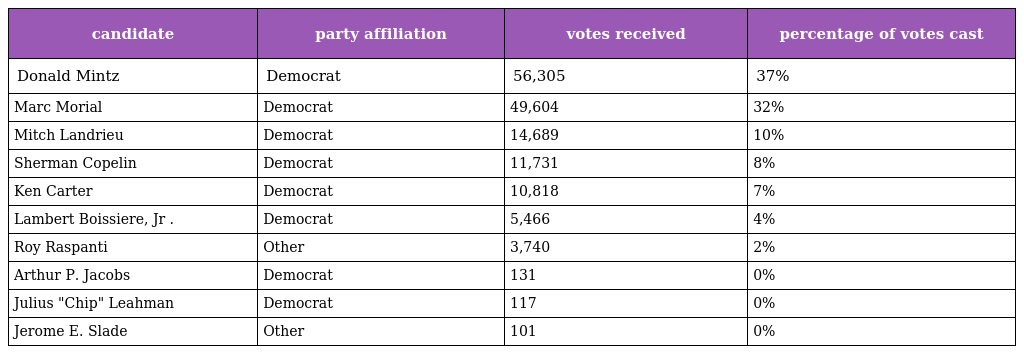
| candidate | party affiliation | votes received | percentage of votes cast |
 | --- | --- | --- | --- |
 | Donald Mintz | Democrat | 56,305 | 37% |
 | Marc Morial | Democrat | 49,604 | 32% |
 | Mitch Landrieu | Democrat | 14,689 | 10% |
 | Sherman Copelin | Democrat | 11,731 | 8% |
 | Ken Carter | Democrat | 10,818 | 7% |
 | Lambert Boissiere, Jr . | Democrat | 5,466 | 4% |
 | Roy Raspanti | Other | 3,740 | 2% |
 | Arthur P. Jacobs | Democrat | 131 | 0% |
 | Julius "Chip" Leahman | Democrat | 117 | 0% |
 | Jerome E. Slade | Other | 101 | 0% |